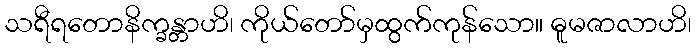
သရီရတောနိက္ခန္တာဟိ၊ ကိုယ်တော်မှထွက်ကုန်သော။ ဓူမဇာလာဟိ၊